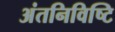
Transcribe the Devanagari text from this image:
अंतनिविष्टि